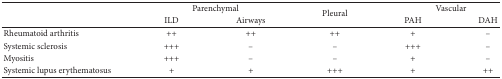
<table><thead><tr><td rowspan="2"><b> </b></td><td colspan="2"><b>Parenchymal</b></td><td rowspan="2"><b>Pleural</b></td><td colspan="2"><b>Vascular</b></td></tr><tr><td><b>ILD</b></td><td><b>Airways</b></td><td><b>PAH</b></td><td><b>DAH</b></td></tr></thead><tbody><tr><td>Rheumatoid arthritis</td><td>++</td><td>++</td><td>++</td><td>+</td><td>–</td></tr><tr><td>Systemic sclerosis</td><td>+++</td><td>–</td><td>–</td><td>+++</td><td>–</td></tr><tr><td>Myositis</td><td>+++</td><td>–</td><td>–</td><td>+</td><td>–</td></tr><tr><td>Systemic lupus erythematosus</td><td>+</td><td>+</td><td>+++</td><td>+</td><td>++</td></tr></tbody></table>